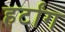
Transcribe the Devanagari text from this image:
हर्टांग